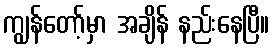
ကျွန်တော့်မှာ အချိန် နည်းနေပြီ။